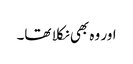
اور وہ بھی نکلا تھا۔